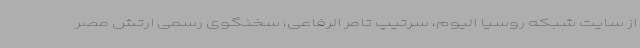
از سایت شبکه روسیا الیوم،‌ سرتیپ تامر الرفاعی، سخنگوی رسمی ارتش مصر